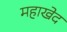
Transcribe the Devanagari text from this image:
महाखेद